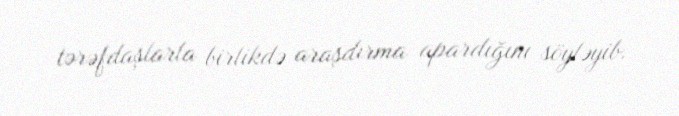
tərəfdaşlarla birlikdə araşdırma apardığını söyləyib.